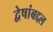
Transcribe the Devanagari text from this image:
द्वेषांबद्दल